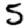
Digit: 5